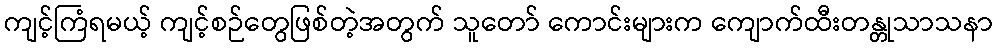
ကျင့်ကြံရမယ့် ကျင့်စဉ်တွေဖြစ်တဲ့အတွက် သူတော် ကောင်းများက ကျောက်ထီးတန္တုသာသနာ